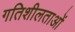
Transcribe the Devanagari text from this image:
गतिशीलताओं